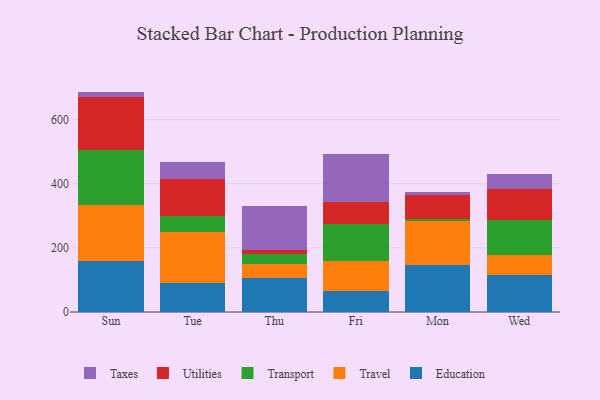
{"axis": {"x": "Day", "y": "Operating Costs (USD K)"}, "legend": ["Education", "Taxes", "Transport", "Travel", "Utilities"], "data": [{"x": "Sun", "y": 159.5, "type": "Education"}, {"x": "Sun", "y": 175.9, "type": "Travel"}, {"x": "Sun", "y": 169.8, "type": "Transport"}, {"x": "Sun", "y": 167.0, "type": "Utilities"}, {"x": "Sun", "y": 15.5, "type": "Taxes"}, {"x": "Tue", "y": 91.5, "type": "Education"}, {"x": "Tue", "y": 157.2, "type": "Travel"}, {"x": "Tue", "y": 50.8, "type": "Transport"}, {"x": "Tue", "y": 114.4, "type": "Utilities"}, {"x": "Tue", "y": 55.7, "type": "Taxes"}, {"x": "Thu", "y": 105.7, "type": "Education"}, {"x": "Thu", "y": 43.5, "type": "Travel"}, {"x": "Thu", "y": 32.1, "type": "Transport"}, {"x": "Thu", "y": 11.3, "type": "Utilities"}, {"x": "Thu", "y": 137.2, "type": "Taxes"}, {"x": "Fri", "y": 65.6, "type": "Education"}, {"x": "Fri", "y": 94.1, "type": "Travel"}, {"x": "Fri", "y": 115.3, "type": "Transport"}, {"x": "Fri", "y": 68.2, "type": "Utilities"}, {"x": "Fri", "y": 150.4, "type": "Taxes"}, {"x": "Mon", "y": 146.7, "type": "Education"}, {"x": "Mon", "y": 136.7, "type": "Travel"}, {"x": "Mon", "y": 6.7, "type": "Transport"}, {"x": "Mon", "y": 76.5, "type": "Utilities"}, {"x": "Mon", "y": 6.7, "type": "Taxes"}, {"x": "Wed", "y": 114.1, "type": "Education"}, {"x": "Wed", "y": 63.0, "type": "Travel"}, {"x": "Wed", "y": 109.4, "type": "Transport"}, {"x": "Wed", "y": 96.6, "type": "Utilities"}, {"x": "Wed", "y": 46.6, "type": "Taxes"}]}